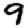
Digit: 9